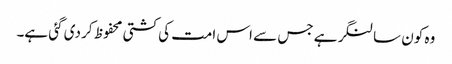
وہ کون سا لنگر ہے جس سے اس امت کی کشتی محفوظ کر دی گئی ہے۔